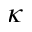
\kappa